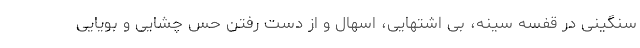
سنگینی در قفسه سینه، بی اشتهایی، اسهال و از دست رفتن حس چشایی و بویایی